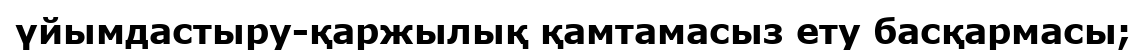
үйымдастыру-қаржылық қамтамасыз ету басқармасы;